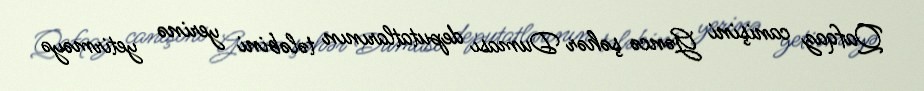
Qafqaz canişini Gəncə şəhər Duması deputatlarının tələbini yerinə yetirməyə